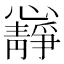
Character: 𭟝